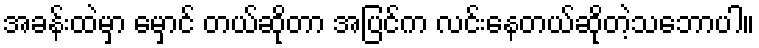
အခန်းထဲမှာ မှောင် တယ်ဆိုတာ အပြင်က လင်းနေတယ်ဆိုတဲ့သဘောပါ။